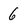
Character: 6